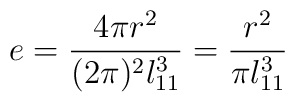
e = \frac{4 \pi r^2}{(2 \pi)^2 l_{11}^3}  = \frac{r^2}{\pi l_{11}^3}